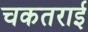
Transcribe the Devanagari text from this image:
चकतराई